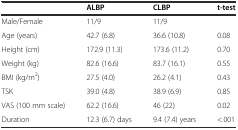
<table><thead><tr><td></td><td><b>ALBP</b></td><td><b>CLBP</b></td><td><b>t-test</b></td></tr></thead><tbody><tr><td>Male/Female</td><td>11/9</td><td>11/9</td><td></td></tr><tr><td>Age (years)</td><td>42.7 (6.8)</td><td>36.6 (10.8)</td><td>0.08</td></tr><tr><td>Height (cm)</td><td>172.9 (11.3)</td><td>173.6 (11.2)</td><td>0.70</td></tr><tr><td>Weight (kg)</td><td>82.6 (16.6)</td><td>83.7 (16.1)</td><td>0.55</td></tr><tr><td>BMI (kg/m<sup>2</sup>)</td><td>27.5 (4.0)</td><td>26.2 (4.1)</td><td>0.43</td></tr><tr><td>TSK</td><td>39.0 (4.8)</td><td>38.9 (6.9)</td><td>0.85</td></tr><tr><td>VAS (100 mm scale)</td><td>62.2 (16.6)</td><td>46 (22)</td><td>0.02</td></tr><tr><td>Duration</td><td>12.3 (6.7) days</td><td>9.4 (7.4) years</td><td>&lt;.001</td></tr></tbody></table>